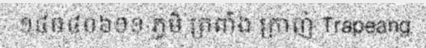
១៤០៤០៦១១ ភូមិ ត្រពាំង ក្រាញ់ Trapeang